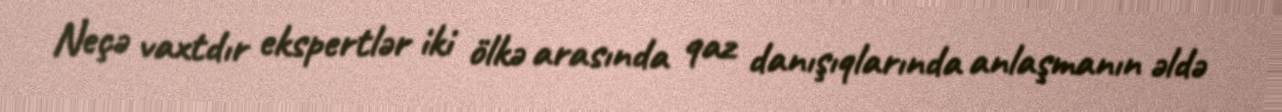
Neçə vaxtdır ekspertlər iki ölkə arasında qaz danışıqlarında anlaşmanın əldə